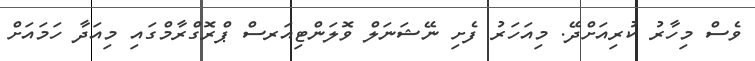
ވެސް މިހާރު ކުރިއަށްދޭ. މިއަހަރު ފެށި ނޭޝަނަލް ވޮލަންޓިއަރސް ޕްރޮގްރާމްގައި މިއަދާ ހަމައަށް